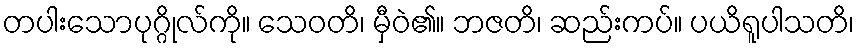
တပါးသောပုဂ္ဂိုလ်ကို။ သေဝတိ၊ မှီဝဲ၏။ ဘဇတိ၊ ဆည်းကပ်။ ပယိရူပါသတိ၊